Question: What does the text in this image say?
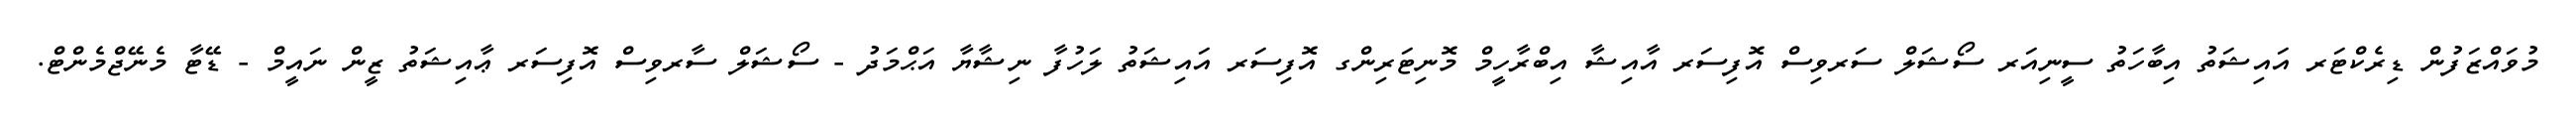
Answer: މުވައްޒަފުން ޑިރެކްޓަރ އައިޝަތު އިބާހަތު ސީނިއަރ ސޯޝަލް ސަރވިސް އޮފިސަރ އާއިޝާ އިބްރާހީމް މޮނިޓަރިންގ އޮފިސަރ އައިޝަތު ލަހުފާ ނިޝާޔާ އަޙްމަދު - ސޯޝަލް ސާރވިސް އޮފިސަރ ޢާއިޝަތު ޒީން ނައީމް - ޑޭޓާ މެނޭޖްމެންޓް.